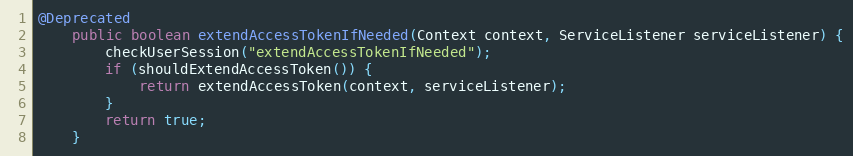
Language: Java
@Deprecated
    public boolean extendAccessTokenIfNeeded(Context context, ServiceListener serviceListener) {
        checkUserSession("extendAccessTokenIfNeeded");
        if (shouldExtendAccessToken()) {
            return extendAccessToken(context, serviceListener);
        }
        return true;
    }